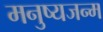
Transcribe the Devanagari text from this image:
मनुष्यजन्म